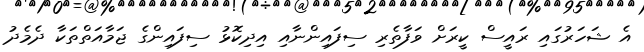
އެ ޝަހަރުގައި ރައީސް ކީރަށް ވަފާތެރި ސިފައިންނާއި އިދިކޮޅު ސިފައިންގެ ޖަމާއަތްތަކާ ދެމެދު